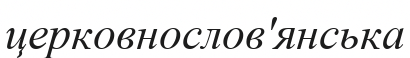
церковнослов'янська